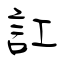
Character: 訌